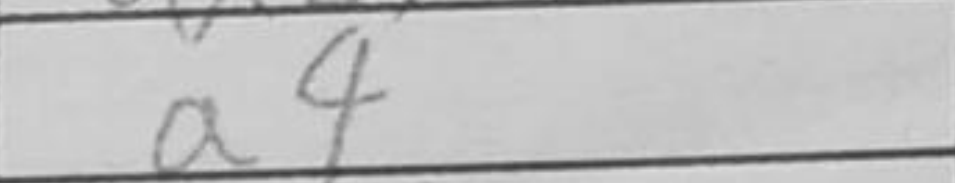
Transcription: dxc3